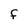
Character: f